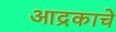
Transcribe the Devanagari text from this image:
आद्रकाचे